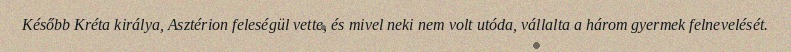
Később Kréta királya, Asztérion feleségül vette, és mivel neki nem volt utóda, vállalta a három gyermek felnevelését.